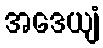
အဒေယျံ